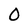
Character: 0